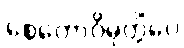
စေတောဝိမုတ္တိံပေ